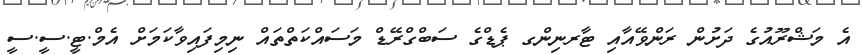
އެ މަޝްރޫއުގެ ދަށުން ރަންވޭއާއި ޓާރނިންގ ޕެޑްގެ ސަބްގްރޭޑް މަސައްކަތްތައް ނިމިފައިވާކަމަށް އެމް.ޓީ.ސީ.ސީ